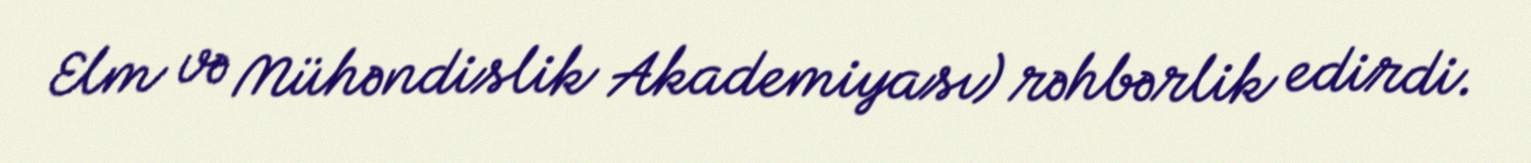
Elm və Mühəndislik Akademiyası) rəhbərlik edirdi.